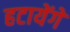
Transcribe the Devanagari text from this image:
हटायेंगे